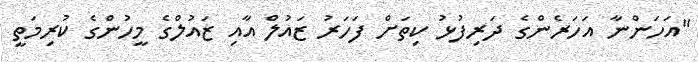
"އަހަންނާ އަހަރެންގެ ދަރިފުޅު ކިތަށް ފަހަރު ޒައުލް އާއި ޒައުލްގެ މީހުންގެ ކުރިމަތީ